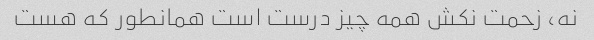
نه، زحمت نکش همه چیز درست است همانطور که هست